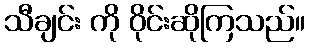
သီချင်း ကို ဝိုင်းဆိုကြသည်။